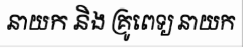
នាយក និង គ្រូពេទ្យ នាយក